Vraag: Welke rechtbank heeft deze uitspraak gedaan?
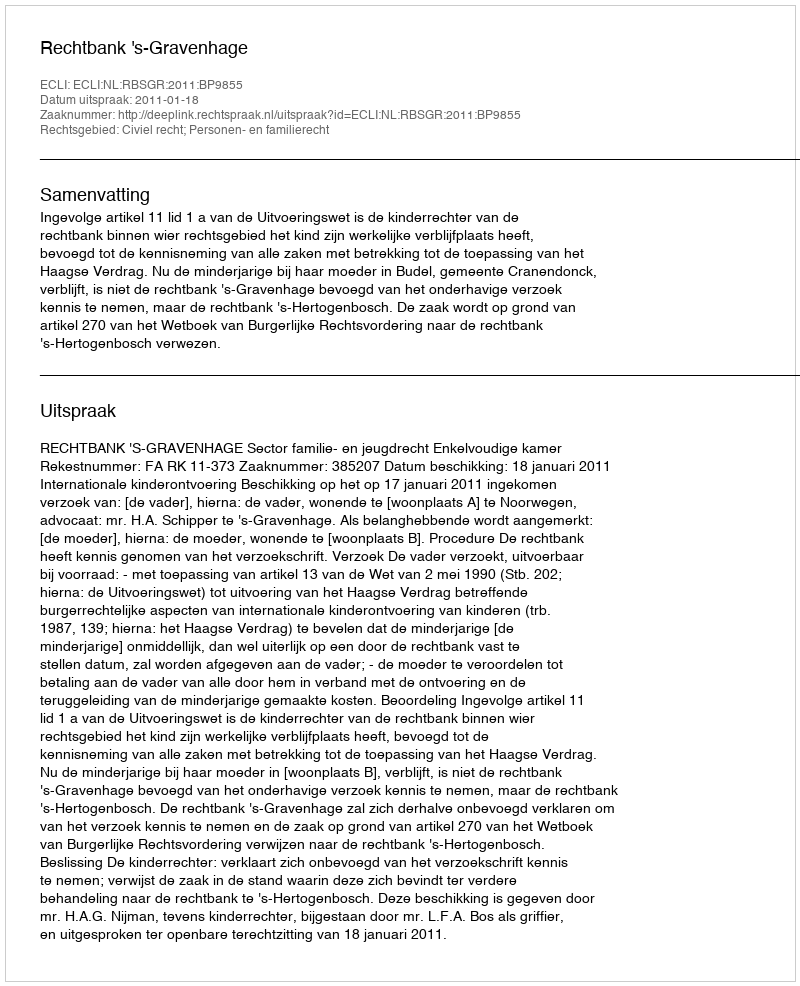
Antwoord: Rechtbank 's-Gravenhage